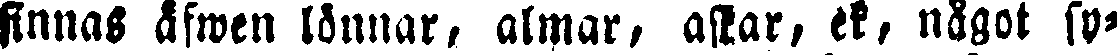
finnas äfwen lönnar, almar, affär, ek, något sy-